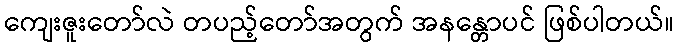
ကျေးဇူးတော်လဲ တပည့်တော်အတွက် အနန္တောပင် ဖြစ်ပါတယ်။